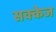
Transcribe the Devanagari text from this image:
सक्केज